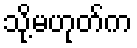
သို့မဟုတ်က